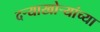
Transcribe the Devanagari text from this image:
दऱ्याखोऱ्यांच्या